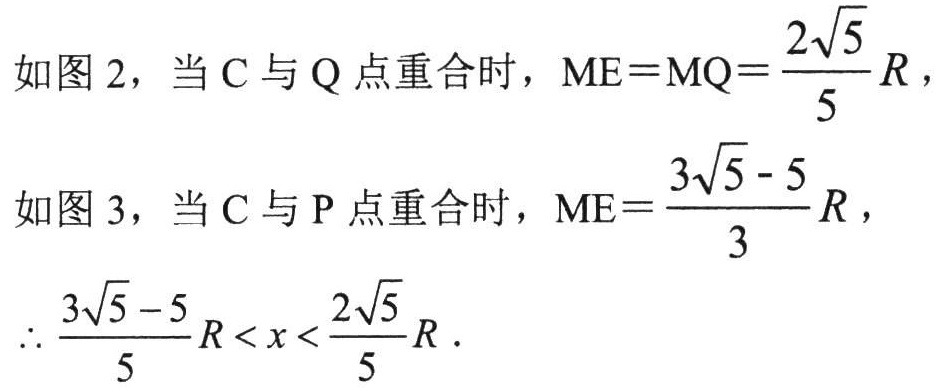
如图 2，当 C 与 Q 点重合时，$ME = MQ=\frac{2\sqrt{5}}{5}R$，
如图 3，当 C 与 P 点重合时，$ME=\frac{3\sqrt{5}-5}{3}R$，
$\therefore\frac{3\sqrt{5}-5}{5}R < x <\frac{2\sqrt{5}}{5}R$.